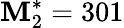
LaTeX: \mathbf{M}_{2}^{*}=301